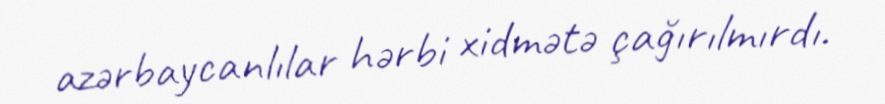
azərbaycanlılar hərbi xidmətə çağırılmırdı.